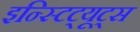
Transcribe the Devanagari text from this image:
इन्स्टिट्यूट्‌स